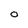
Character: 0